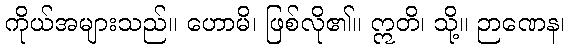
ကိုယ်အများသည်။ ဟောမိ၊ ဖြစ်လို၏။ ဣတိ၊ သို့။ ဉာဏေန၊